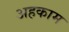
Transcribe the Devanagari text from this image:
अहकाम